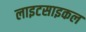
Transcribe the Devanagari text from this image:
लाइटसाइकल